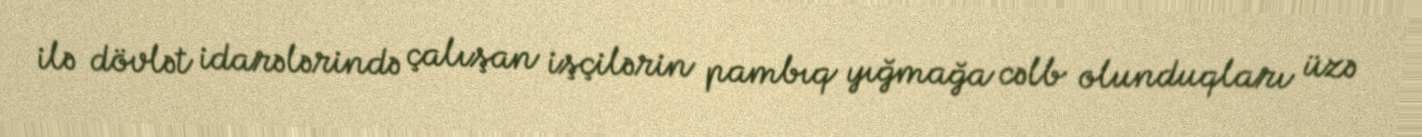
ilə dövlət idarələrində çalışan işçilərin pambıq yığmağa cəlb olunduqları üzə